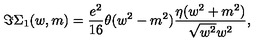
\Im \Sigma _ { 1 } ( w , m ) = \frac { e ^ { 2 } } { 1 6 } \theta ( w ^ { 2 } - m ^ { 2 } ) \frac { \eta ( w ^ { 2 } + m ^ { 2 } ) } { \sqrt { w ^ { 2 } } w ^ { 2 } } ,